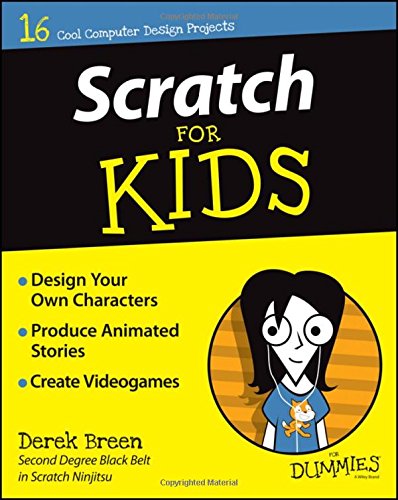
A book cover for Scratch For Kids For Dummies; Derek Breen; Computers & Technology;